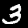
Label: 3